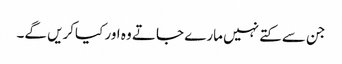
جن سے کتے نہیں مارے جاتے وہ اور کیاکریں گے۔